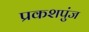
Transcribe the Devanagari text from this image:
प्रकशपुंज